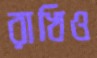
রাখিও